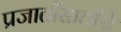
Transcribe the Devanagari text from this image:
प्रजातींसाठीचे